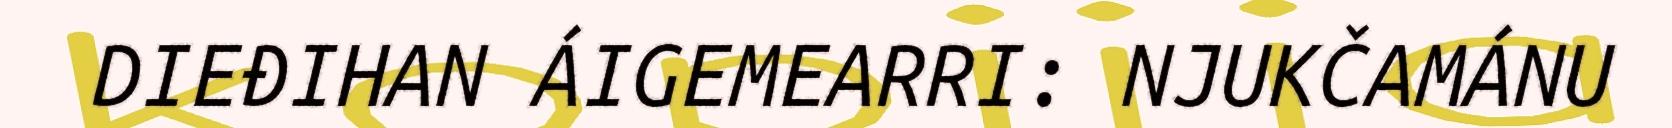
DIEĐIHAN ÁIGEMEARRI: NJUKČAMÁNU